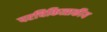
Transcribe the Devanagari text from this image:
परचिकित्सकीय